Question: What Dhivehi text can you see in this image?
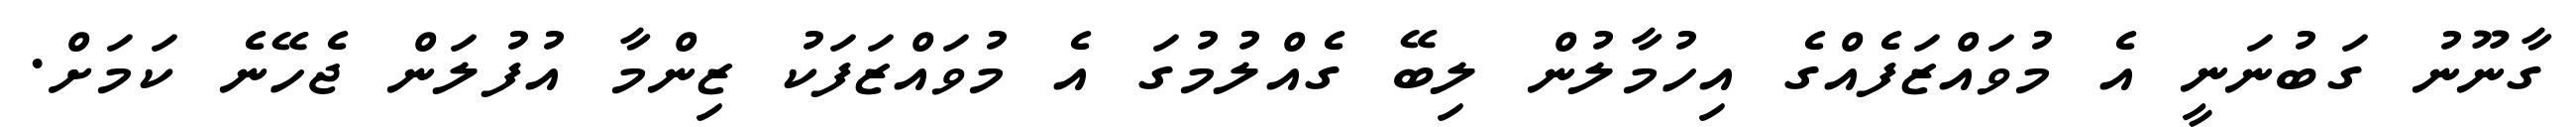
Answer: ގާނޫނު ގަބުނަނީ އެ މުވައްޒަފެއްގެ އިހުމާލުން ލިބޭ ގެއްލުމުގަ އެ މުވައްޒަފަކު ޒިންމާ އުފުލަން ޖެހޭނެ ކަމަށް.